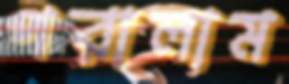
পরালাম